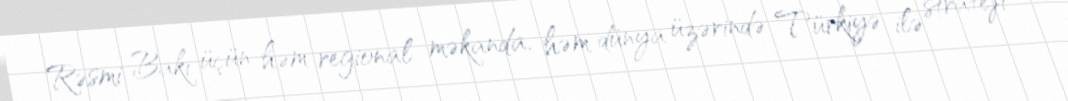
Rəsmi Bakı üçün həm regional məkanda, həm dünya üzərində Türkiyə ilə strateji